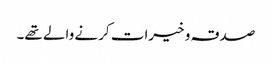
صدقہ و خیرات کرنے والے تھے۔